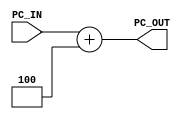
module PCADD(
    input [31:0] PC_IN,
    output [31:0] PC_OUT
    );

    assign PC_OUT = PC_IN+4;


endmodule